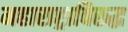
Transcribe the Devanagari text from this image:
महाराष्ट्राविरूद्ध